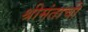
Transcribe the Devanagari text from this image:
श्रीमंताची